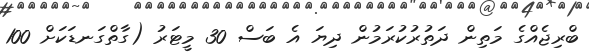
ބްރިޖެއްގެ މަތިން ދަތުރުކުރަމުން ދިޔަ އެ ބަސް 30 މީޓަރު (ގާތްގަނޑަކަށް 100